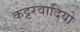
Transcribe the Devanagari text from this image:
कट्टरवादियो